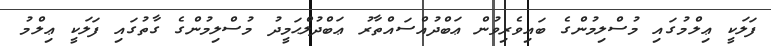
ފަލަކީ ޢިލްމުގައި މުސްލިމުންގެ ބައިވެރިވުން ޢަބްދުއްސައްތާރު ޢަބްދުލްޙަމީދު މުސްލިމުންގެ ގާތުގައި ފަލަކީ ޢިލްމު